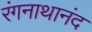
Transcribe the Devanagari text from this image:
रंगनाथानंद